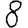
Digit: 8